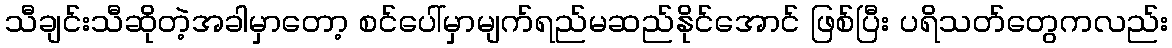
သီချင်းသီဆိုတဲ့အခါမှာတော့ စင်ပေါ်မှာမျက်ရည်မဆည်နိုင်အောင် ဖြစ်ပြီး ပရိသတ်တွေကလည်း